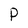
Character: p